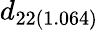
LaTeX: d_{22(1.064)}